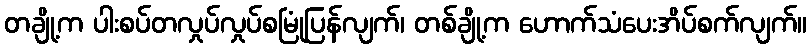
တချို့က ပါးစပ်တလှုပ်လှုပ်စမြုံပြန်လျက်၊ တစ်ချို့က ဟောက်သံပေးအိပ်စက်လျက်။